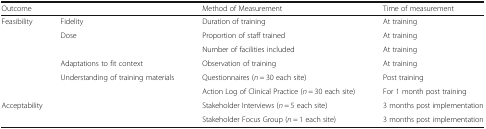
<table><thead><tr><td colspan="2"><b>Outcome</b></td><td><b>Method of Measurement</b></td><td><b>Time of measurement</b></td></tr></thead><tbody><tr><td rowspan="6">Feasibility</td><td>Fidelity</td><td>Duration of training</td><td>At training</td></tr><tr><td rowspan="2">Dose</td><td>Proportion of staff trained</td><td>At training</td></tr><tr><td>Number of facilities included</td><td>At training</td></tr><tr><td>Adaptations to fit context</td><td>Observation of training</td><td>At training</td></tr><tr><td rowspan="2">Understanding of training materials</td><td>Questionnaires (<i>n</i> = 30 each site)</td><td>Post training</td></tr><tr><td>Action Log of Clinical Practice (<i>n</i> = 30 each site)</td><td>For 1 month post training</td></tr><tr><td colspan="2" rowspan="2">Acceptability</td><td>Stakeholder Interviews (<i>n</i> = 5 each site)</td><td>3 months post implementation</td></tr><tr><td>Stakeholder Focus Group (<i>n</i> = 1 each site)</td><td>3 months post implementation</td></tr></tbody></table>